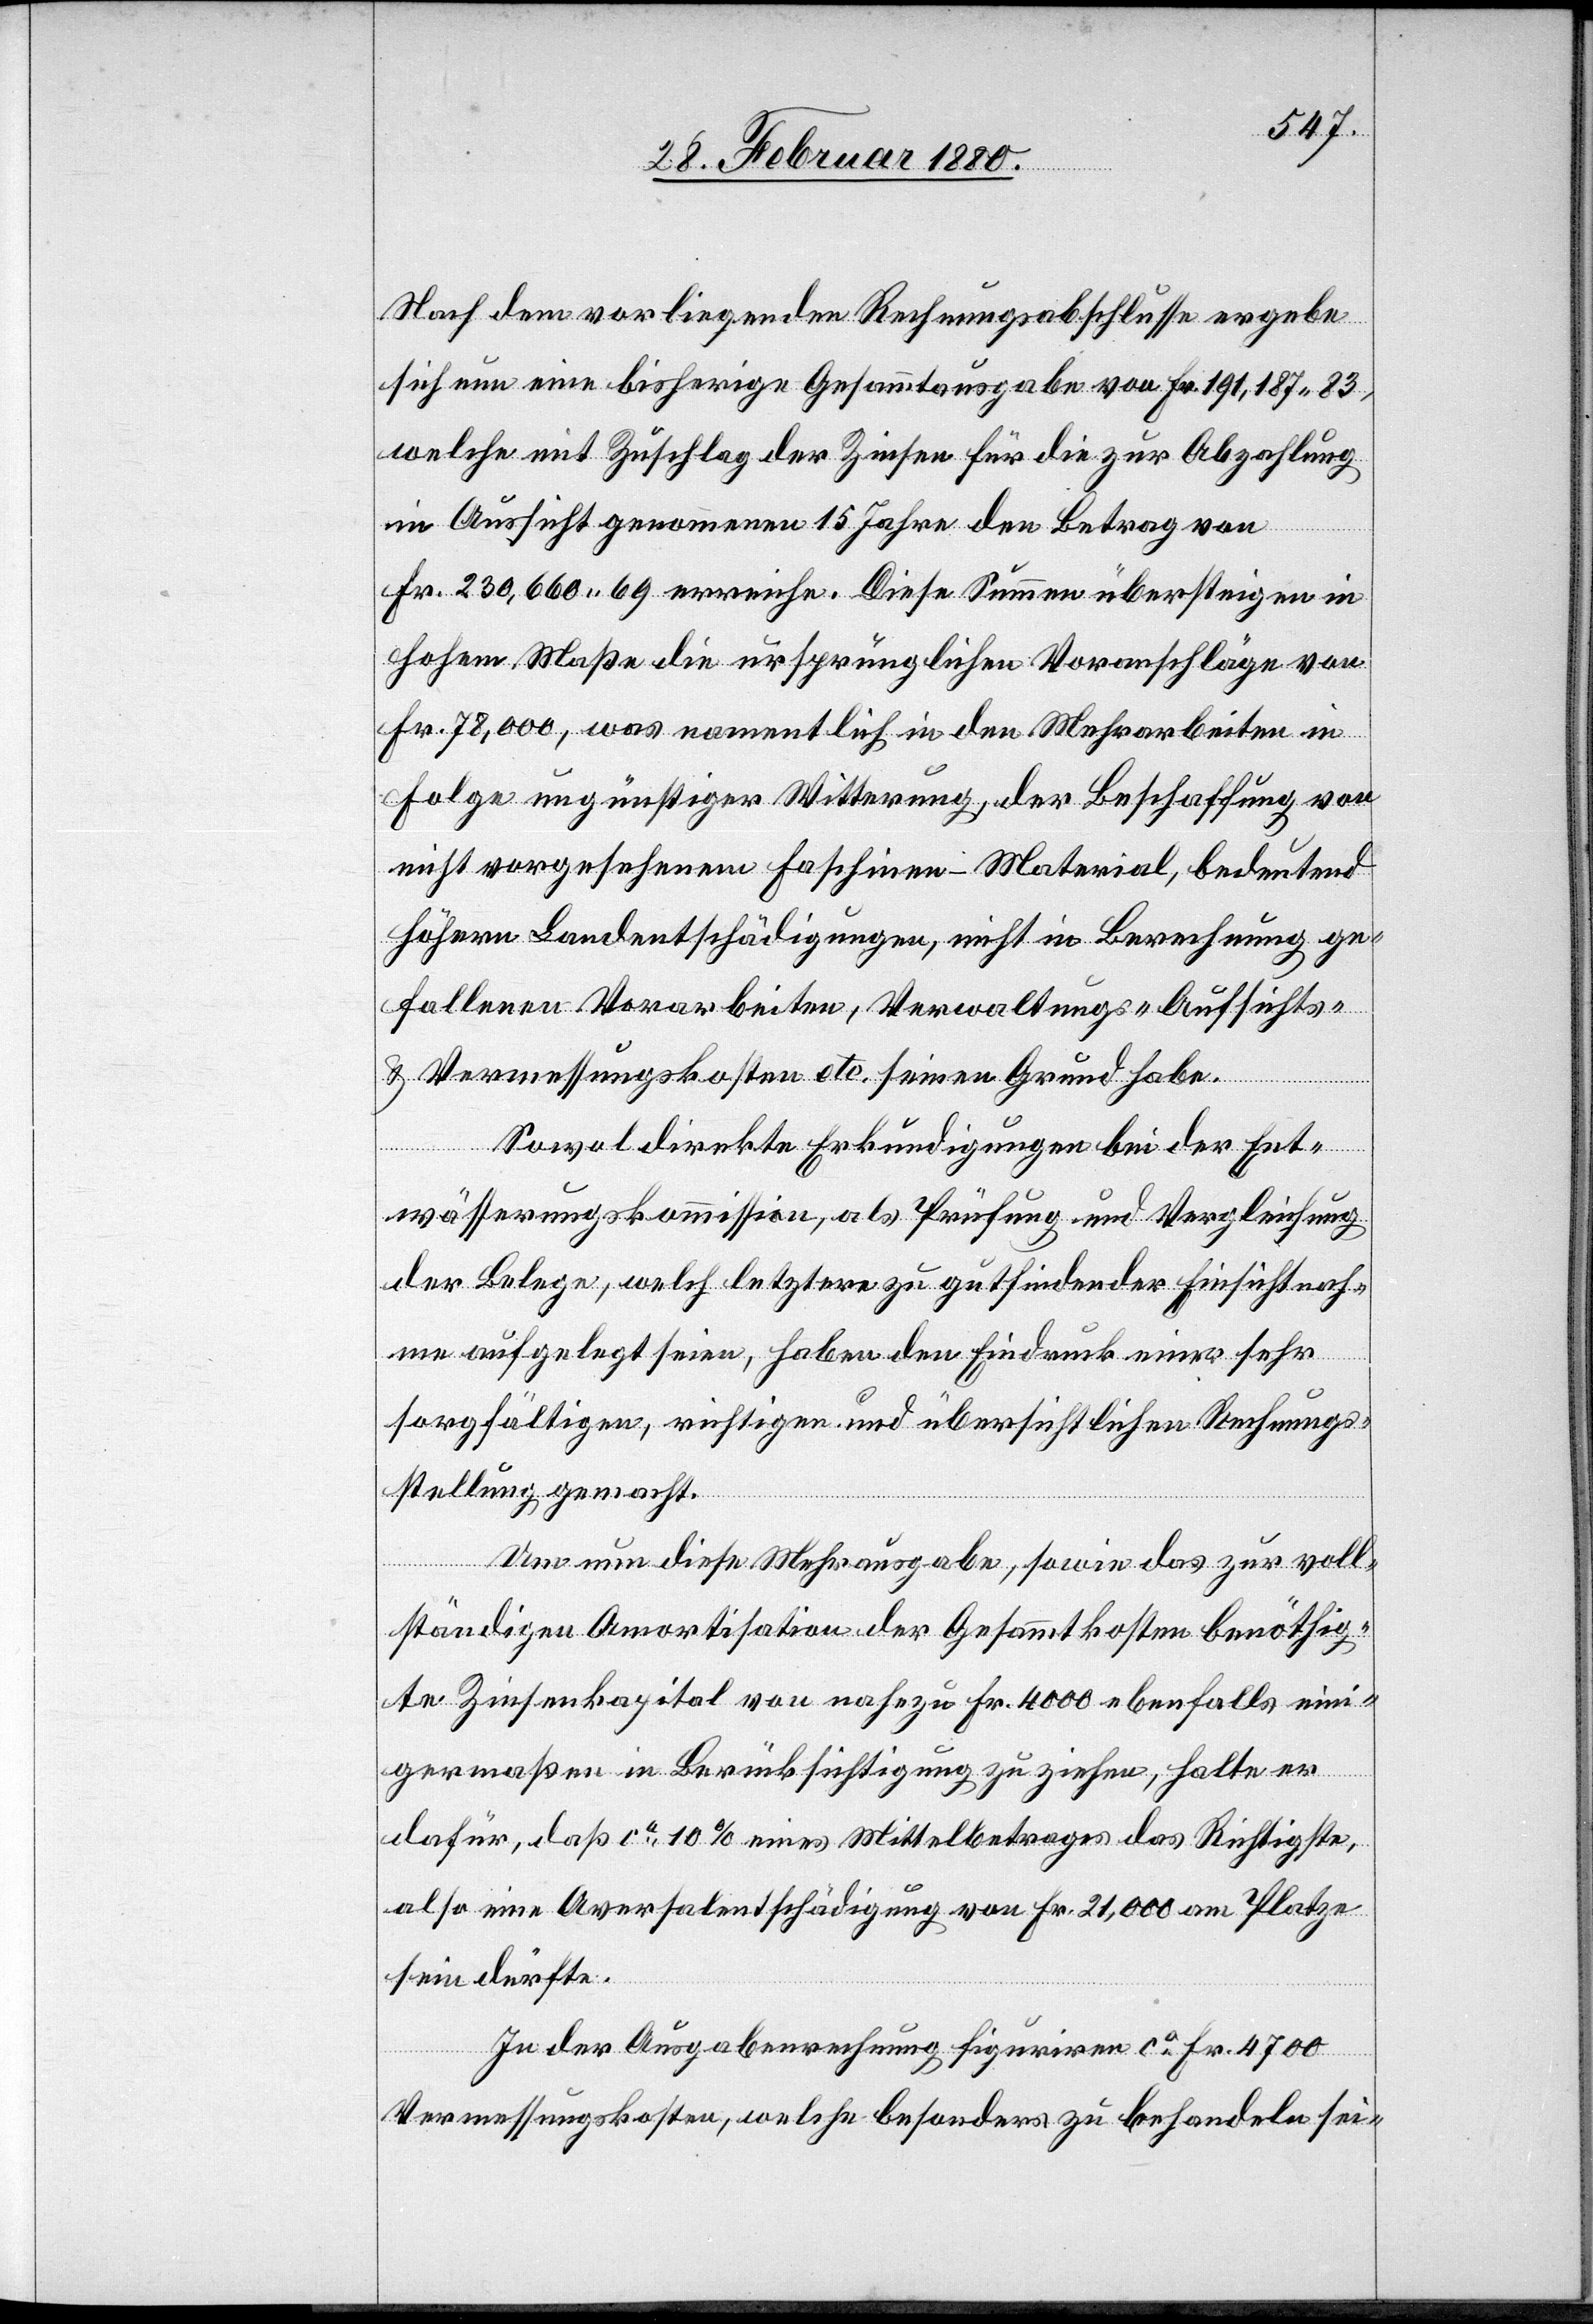
Nach dem vorliegenden Rechnungsabschlusse ergebe
sich nun eine bisherige Gesammtausgabe von Fr. 191,187 83,
welche mit Zuschlag der Zinsen für die zur Abzahlung
in Aussicht genommenen 15 Jahre den Betrag von
Fr. 230,600 69 erreiche. Diese Summe übersteige in
hohem Maße die ursprünglichen Voranschläge von
Fr. 78, 000, was namentlich in den Mehrarbeiten in
Folge ungünstiger Witterung, der Beschaffung von
nicht vorgesehenem Faschinen-Material, bedeutend
höhern Landentschädigungen, nicht in Berechnung ge¬
fallenen Vorarbeiten, Verwaltungs-[,] Aufsichts-
& Vermessungskosten etc. seinen Grund habe.
Sowol direkte Erkundigungen bei der Ent¬
wässerungskommission, als Prüfung und Vergleichung
der Belege, welch letztere zu gutfindender Einsichtnah¬
me aufgelegt seien, haben den Eindruck einer sehr
sorgfältigen, richtigen und übersichtlichen Rechnungs¬
stellung gemacht.
Um nun diese Mehrausgabe, sowie das zur voll¬
ständigen Amortisation der Gesammtkosten benöthig¬
te Zinsenkapital von nahezu Fr. 4000 ebenfalls eini¬
germaßen in Berücksichtigung zu ziehen, halte er
dafür, daß ca 10 % eines Mittelbetrages das Richtigste,
also eine Aversalentschädigung von Fr. 21, 000 am Platze
sein dürfte.
In der Ausgabenrechnung figuriren ca Fr. 4700
Vermessungskosten, welche besonders zu behandeln sei-